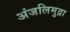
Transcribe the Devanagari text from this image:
अंजलिमुद्रा